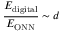
\frac { E _ { \mathrm { d i g i t a l } } } { E _ { \mathrm { O N N } } } \sim d